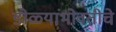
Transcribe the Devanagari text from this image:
डोळ्यांभोवतीचे